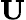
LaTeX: \mathrm{\mathbf U}